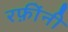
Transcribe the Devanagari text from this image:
रफ़ींनी